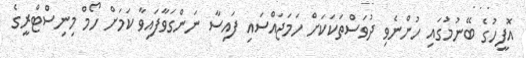
އޮފީހުގެ ބޭނުމުގައި ހުންނެވި ދުވަސްތަކަކަށް ހަމަޖައްސައި ފައިސާ ނަންގަވާފައިވާ ކަމަށް ހޯމް މިނިސްޓްރީގެ